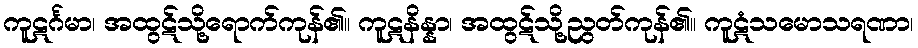
ကူဋင်္ဂမာ၊ အထွဋ်သို့ရောက်ကုန်၏။ ကူဋနိန္နာ၊ အထွဋ်သို့ညွတ်ကုန်၏။ ကူဋံသမောသရဏာ၊